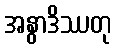
အနွာဒိဿတု